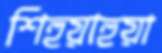
শিহুয়াহুয়া